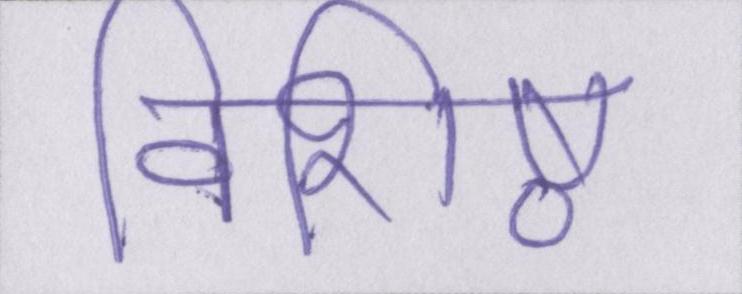
विशिष्ठ